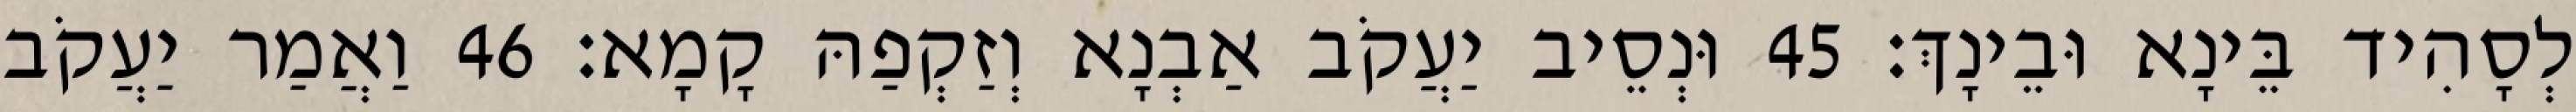
לְסָהִיד בֵּינָא וּבֵינָךְ׃ 45 וּנְסֵיב יַעֲקֹב אַבְנָא וְזַקְפַהּ קָמָא׃ 46 וַאֲמַר יַעֲקֹב